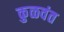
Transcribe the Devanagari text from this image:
कुळवंत